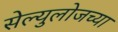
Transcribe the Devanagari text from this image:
सेल्युलोजच्या